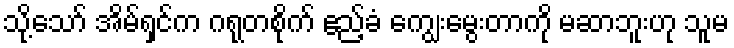
သို့သော် အိမ်ရှင်က ဂရုတစိုက် ဧည့်ခံ ကျွေးမွေးတာကို မဆာဘူးဟု သူမ